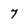
Character: 7